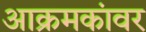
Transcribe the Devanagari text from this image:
आक्रमकांवर